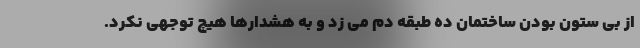
از بی ستون بودن ساختمان ده طبقه دم می زد و به هشدارها هیچ توجهی نکرد.